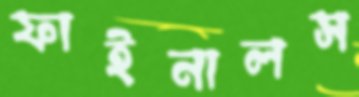
ফাইনালস